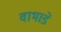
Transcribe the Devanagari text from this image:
वाभाडे